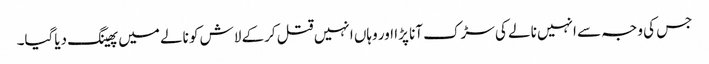
جس کی وجہ سے انہیں نالے کی سڑک آنا پڑا اور وہاں انہیں قتل کرکے لاش کو نالے میں پھینگ دیاگیا۔